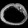
Digit: ၀